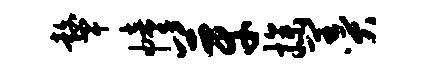
鼙幢芽操羹